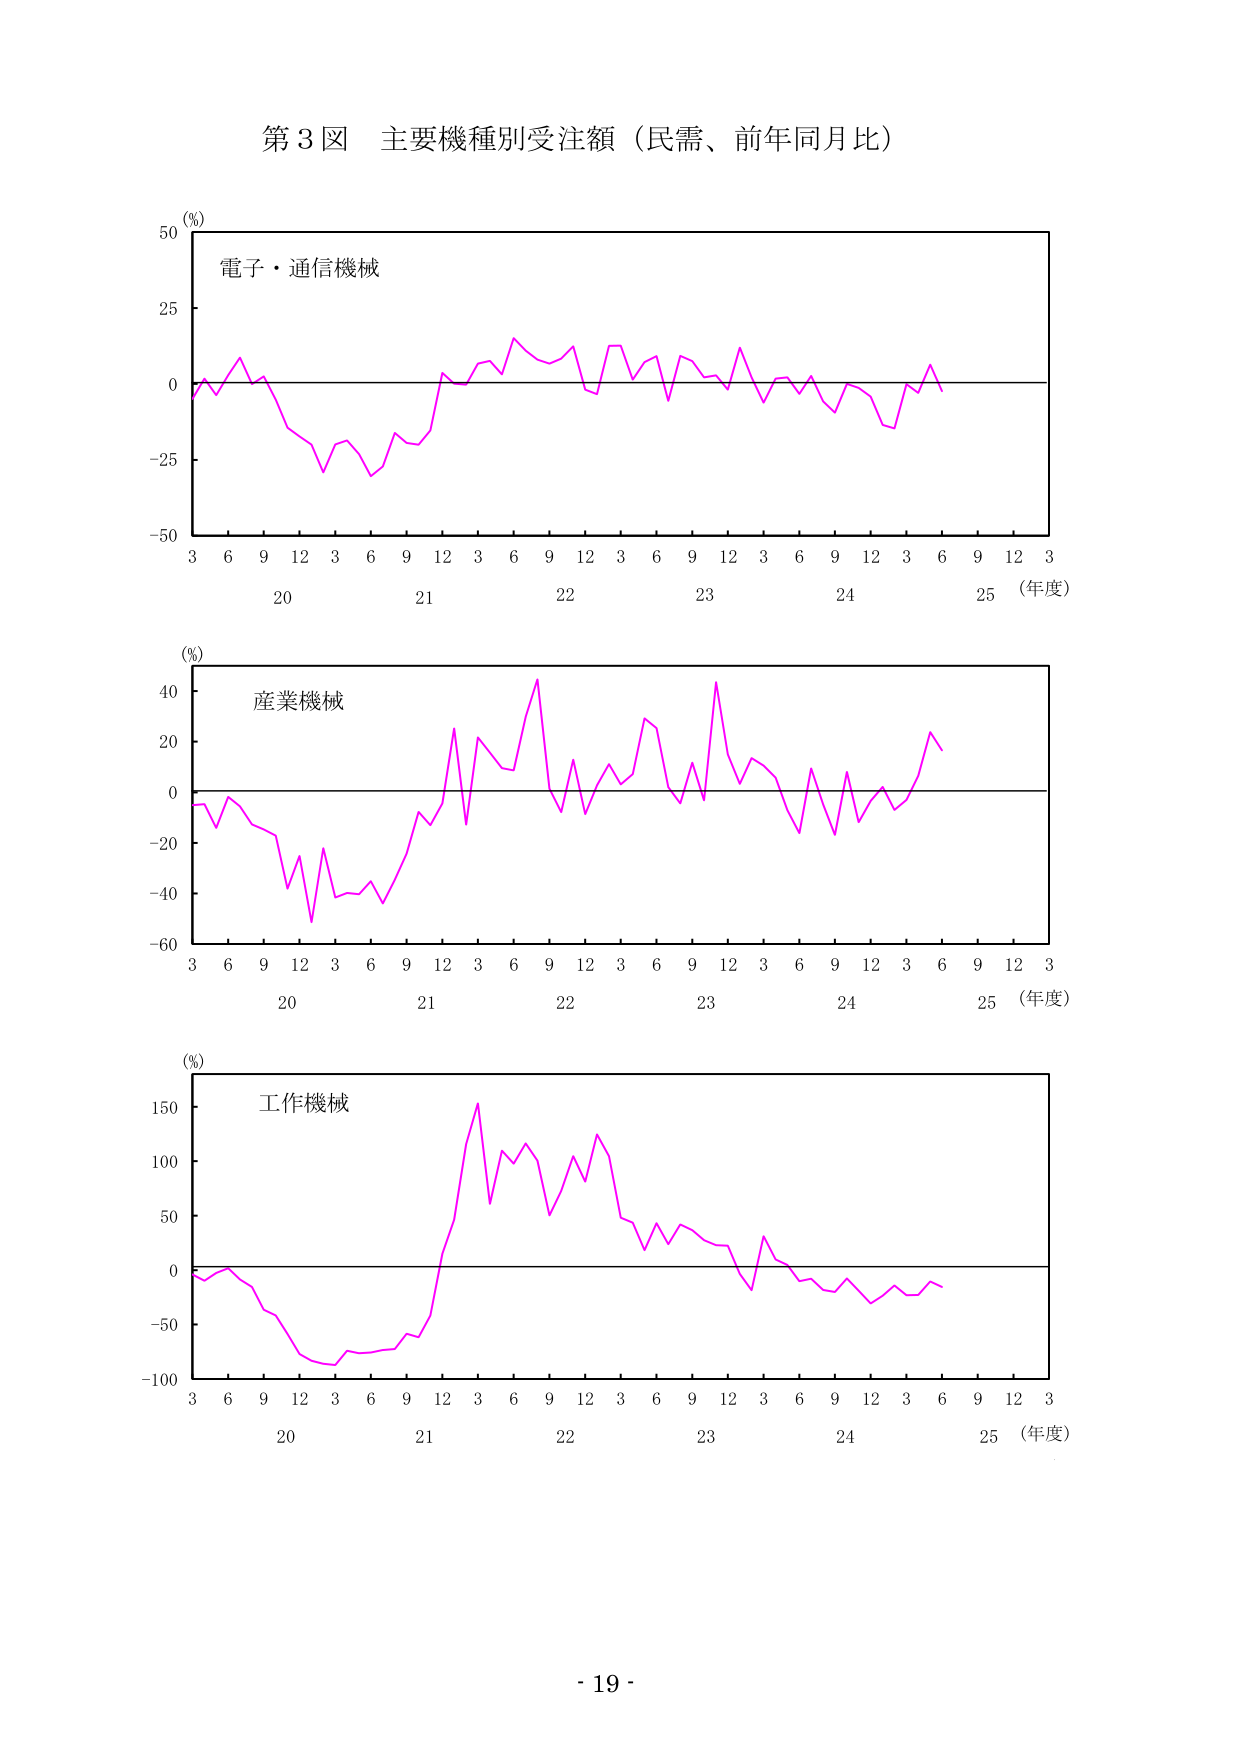
第3図 主要機種別受注額（民需、前年同月比）

(%)
電子・通信機械
50
25
0
-25
-50
3 6 9 12 3 6 9 12 3 6 9 12 3 6 9 12 3 6 9 12 3
20 21 22 23 24 25（年度）

(%)
産業機械
40
20
0
-20
-40
-60
3 6 9 12 3 6 9 12 3 6 9 12 3 6 9 12 3 6 9 12 3
20 21 22 23 24 25（年度）

(%)
工作機械
150
100
50
0
-50
-100
3 6 9 12 3 6 9 12 3 6 9 12 3 6 9 12 3 6 9 12 3
20 21 22 23 24 25（年度）

- 19 -